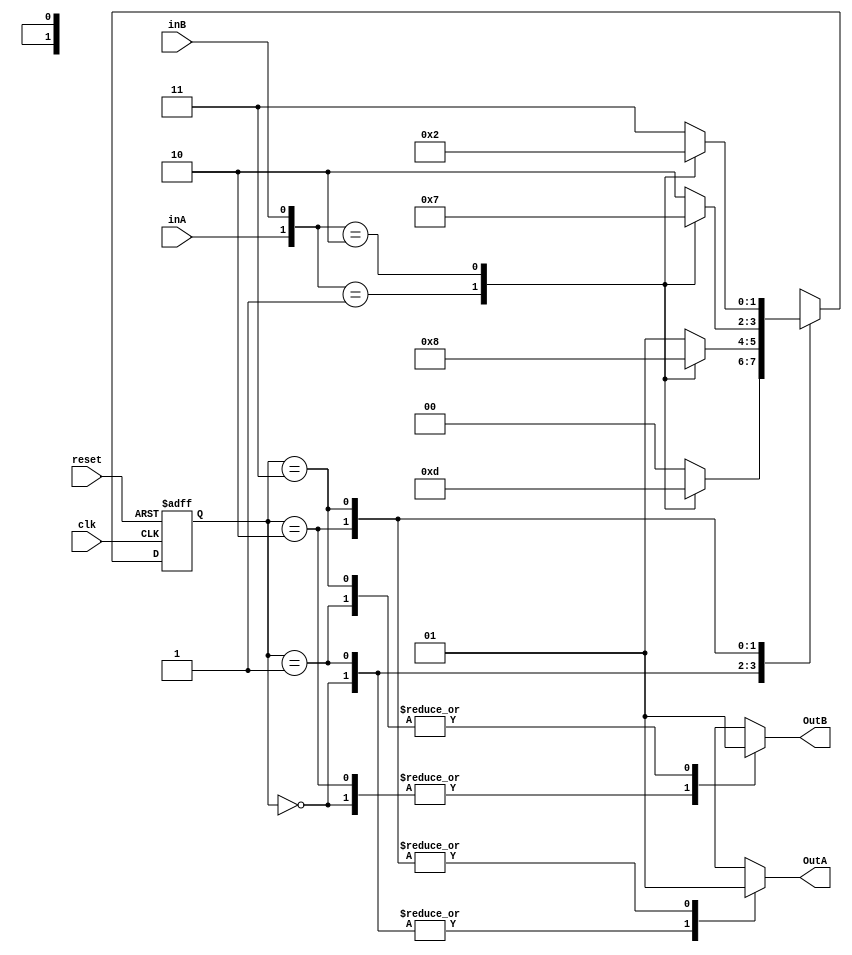

//Mquina de estados usando dos always  ( 1 combinacional y 1 secuencial )

module my_fsm2always(clk,reset,inA,inB,OutA,OutB);

input clk,reset,inA,inB;
output OutA,OutB;

reg OutA=0,OutB=0;
reg[1:0] estado_actual=0,estado_siguiente=0;

parameter E0=0,E1=1,E2=2,E3=3;   // 4 estados posibles

//*********************************  Parte 1  ****************************************************************
//Parte combinacional formada por procedimiento  "always @( entradas y estado_actual )" **********************
// En un nico always de tipo combinacional, aadimos "las salidas" y el "clculo del siguiente estado" ******
//************************************************************************************************************

always @(inA or inB or estado_actual)

begin
    
	//Valores por defecto *************************************************************************
	estado_siguiente='bx;  // asigno valores por defecto, se puede aadir aqu o como un default
	OutA=0;
	OutB=0;
	//********************************************************************************************
	
	case(estado_actual)
	
		E0:begin
		    // aqu aadimos las salidas tambin en un nico always, en esta lnea
			// no se aade porque la salida no cambia del valor por defecto inicial
			case ({inA,inB})      // clculo del siguiente estado
				0:estado_siguiente=E0;
				1:estado_siguiente=E3;
				2:estado_siguiente=E1;
				default:estado_siguiente=E0;
			endcase
		   end
		   
		E1:begin
		    OutB=1;  //aado el valor de la salida que cambia de su valor por defecto
			case ({inA,inB})
				0:estado_siguiente=E1;
				1:estado_siguiente=E2;
				2:estado_siguiente=E0;
				default:estado_siguiente=E1;
			endcase
		   end
		   
		E2:begin
		    OutA=1;  //aado el valor de la salida que cambia de su valor por defecto
			case ({inA,inB})
				0:estado_siguiente=E2;
				1:estado_siguiente=E1;
				2:estado_siguiente=E3;
				default:estado_siguiente=E2;
			endcase
		   end
		   
		E3:begin
		    {OutA,OutB}=3; //aado el valor de la salida que cambia de su valor por defecto
			case ({inA,inB})
				0:estado_siguiente=E3;
				1:estado_siguiente=E0;
				2:estado_siguiente=E2;
				default:estado_siguiente=E3;
			endcase
		   end
		   
		//default:estado_siguiente='bx;  // Esto nos previene de errores, ya que en un proceso de simulacin,
		// si se nos ha olvidado codificar alguno de los estados, cuando pasemos por el estado no codificado
		// nos aperecer que el estado siguiente ser XX y  sabremos donde no hemos codificado el estado siguiente
		
	endcase
end



// ************************** Parte 2 *****************************************************
// Parte secuencial, el estado_actual capturar el nuevo estado (estado_siguiente) ********
// ****************************************************************************************

always @(posedge clk or posedge reset)
begin
  if(reset) estado_actual<=E0;
  else estado_actual <= estado_siguiente;
end



endmodule